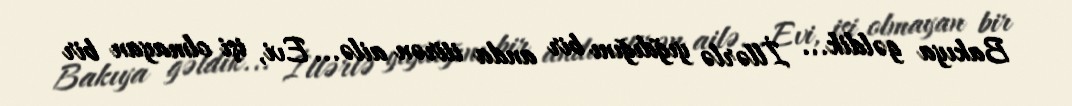
Bakıya gəldik... İllərlə yığdığını bir anda itirən ailə... Evi, işi olmayan bir